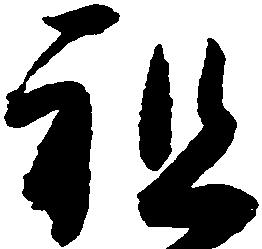
祖